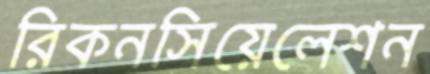
রিকনসিয়েলেশন